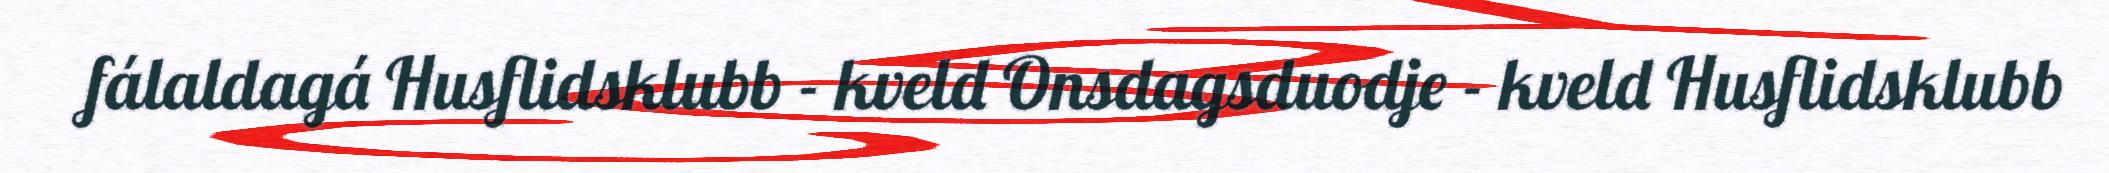
fálaldagá Husflidsklubb - kveld Onsdagsduodje - kveld Husflidsklubb